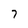
Character: 7